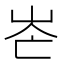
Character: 𡶍